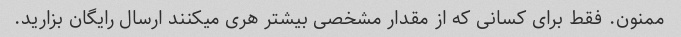
ممنون. فقط برای کسانی که از مقدار مشخصی بیشتر هری میکنند ارسال رایگان بزارید.